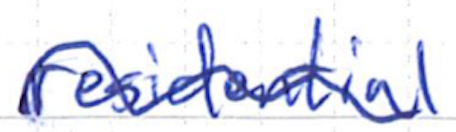
Text: residential
Cross-out: wave
Writing tool: ballpoint